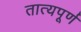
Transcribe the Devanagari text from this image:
तात्यपूर्ण